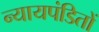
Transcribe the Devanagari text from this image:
न्यायपंडितों